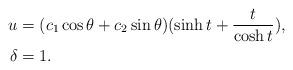
LaTeX: \begin{align*}u &= (c_1\cos\theta+c_2\sin{\theta})(\sinh{t}+\frac{t}{\cosh{t}}),\\\delta &=1. \end{align*}